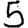
Digit: 5